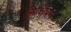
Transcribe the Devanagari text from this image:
निधिबन